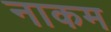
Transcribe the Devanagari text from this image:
नाकम